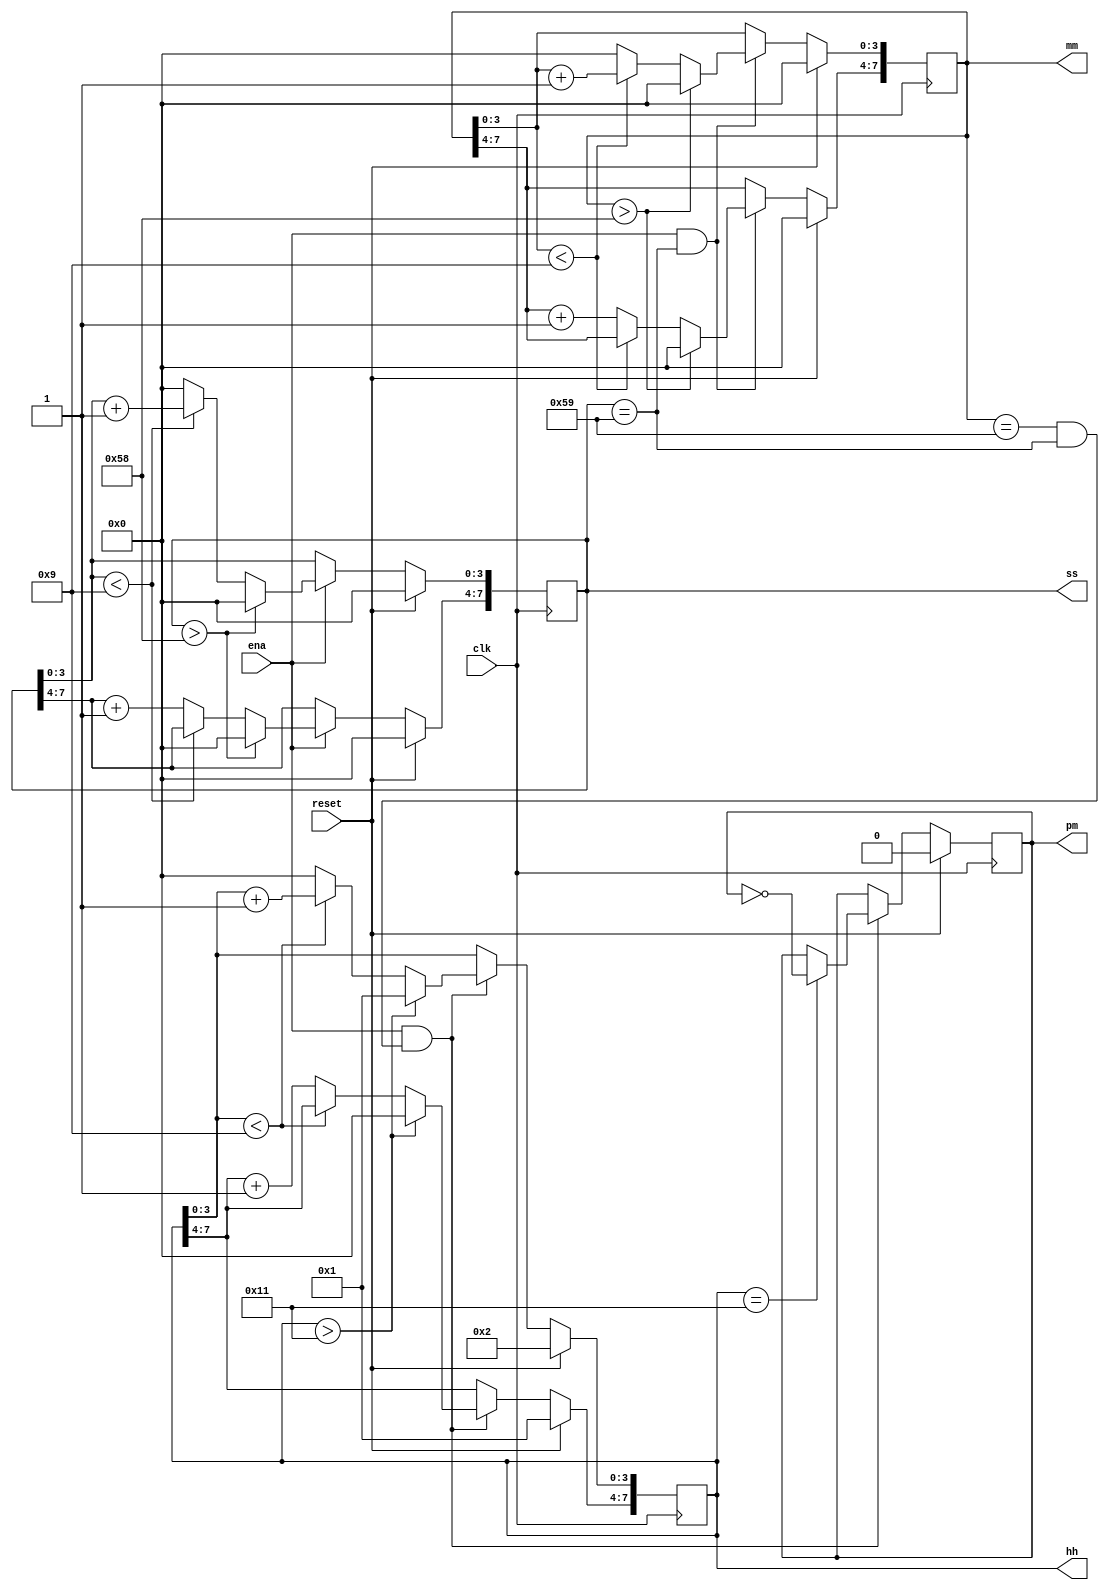
module top_module(
    input clk,
    input reset,
    input ena,
    output pm,
    output [7:0] hh,
    output [7:0] mm,
    output [7:0] ss); 
	
    wire [1:0] c_en;
    
    assign c_en = {mm == 8'h59 && ss == 8'h59, ss == 8'h59};
    // ss control
    always@(posedge clk) 
        begin 
            if(reset)
                ss <= 0;
            else 
                begin
                    if(ena) begin
                        if(ss > 8'h58)
                            ss <= 0;
                        else if(ss[3:0] < 4'd9)
                            ss[3:0] <= ss[3:0] + 1;
                        else
                            ss <= {ss[7:4] + 1, 4'd0};
                    end
                end
    	end
    
    // mm control
    always@(posedge clk) 
       begin 
           if(reset)
               mm <= 0;
           else 
               begin
                   if(ena && c_en[0]) begin
                       if(mm > 8'h58)
                            mm <= 0;
                       else if(mm[3:0] < 4'd9)
                           	mm[3:0] <= mm[3:0] + 1;
                       else
                           	mm <= {mm[7:4] + 1, 4'd0};
                   end
               end       
    	end   
    
    // hh control
    always@(posedge clk)
        begin 
            if(reset) begin 
               hh <= 8'h12;
               pm <= 0;
           end
           else 
               begin
                   if(ena && c_en[1]) begin
                       
                       if(hh == 8'h11)
                           	pm = ~pm;
                       
                       if(hh > 8'h11) 
                       		hh <= 1;
                       else if(hh[3:0] < 4'd9)
                           	hh[3:0] <= hh[3:0] + 1;
                       else
                           	hh <= {hh[7:4] + 1, 4'd0};
                       
                       
                       
                   end
               end
            
            
    	end    
endmodule